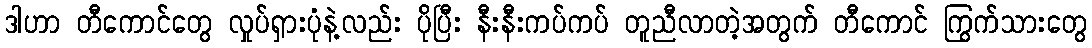
ဒါဟာ တီကောင်တွေ လှုပ်ရှားပုံနဲ့လည်း ပိုပြီး နီးနီးကပ်ကပ် တူညီလာတဲ့အတွက် တီကောင် ကြွက်သားတွေ